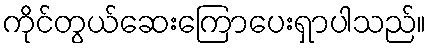
ကိုင်တွယ်ဆေးကြောပေးရှာပါသည်။